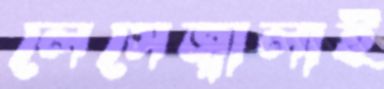
লেসেজ্বালাই